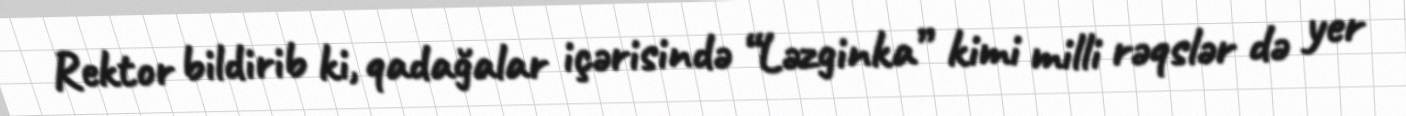
Rektor bildirib ki, qadağalar içərisində “Ləzginka” kimi milli rəqslər də yer